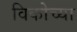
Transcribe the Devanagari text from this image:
विकोच्या